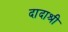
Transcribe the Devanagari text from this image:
दादाश्री